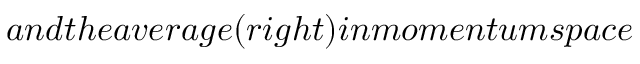
a n d t h e a v e r a g e ( r i g h t ) i n m o m e n t u m s p a c e